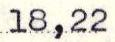
18,22